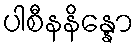
ပါစီနနိန္နော